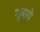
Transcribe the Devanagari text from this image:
डूबाये